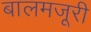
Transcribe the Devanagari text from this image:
बालमजूरी